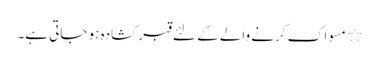
٭ مسواک کرنے والے کے لئے قبر کشادہ ہو جاتی ہے۔